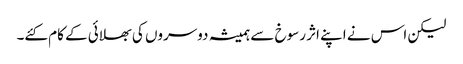
لیکن اس نے اپنے اثر رسوخ سے ہمیشہ دوسروں کی بھلائی کے کام کئے۔